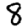
Digit: 8